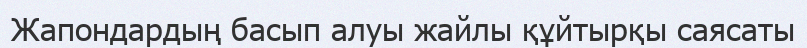
Жапондардың басып алуы жайлы құйтырқы саясаты